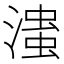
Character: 𰝆